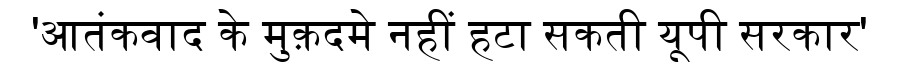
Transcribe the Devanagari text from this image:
'आतंकवाद के मुक़दमे नहीं हटा सकती यूपी सरकार'